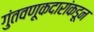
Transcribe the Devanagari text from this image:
गुंतवणूकदारांकडून